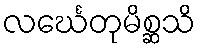
လင်္ဃေတုမိစ္ဆသိ